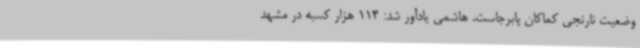
وضعیت نارنجی کماکان پابرجاست. هاشمی یادآور شد: 114 هزار کسبه در مشهد